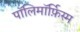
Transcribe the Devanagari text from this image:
पॉलिमॉर्फ़िस्म